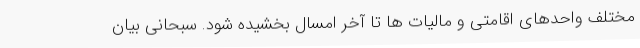
مختلف واحدهای اقامتی و مالیات ها تا آخر امسال بخشیده شود. سبحانی بیان